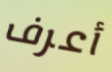
أعرف